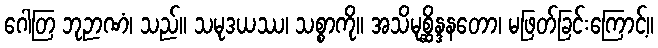
ဂေါတြ ဘုဉာဏံ၊ သည်။ သမုဒယဿ၊ သစ္စာကို။ အသိမုစ္ဆိန္ဒနတော၊ မဖြတ်ခြင်းကြောင့်။